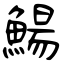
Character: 鰑